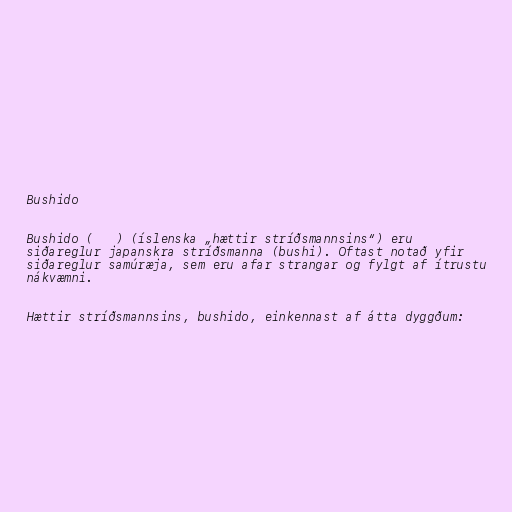
Bushido

Bushido (武士道) (íslenska „hættir stríðsmannsins“) eru
siðareglur japanskra stríðsmanna (bushi). Oftast notað yfir
siðareglur samúræja, sem eru afar strangar og fylgt af ítrustu
nákvæmni.

Hættir stríðsmannsins, bushido, einkennast af átta dyggðum: